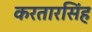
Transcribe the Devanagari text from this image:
करतारसिंह